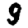
Digit: 9